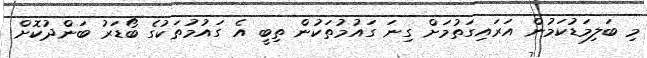
މި ބަލިމަޑުކަމުން އަރައިގަތުމަށް ގިނަ ގައުމުތަކުން ތިބީ އެ ގައުމުތަކުގެ ބޯޑަރު ބަންދުކޮށް